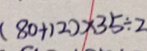
( 8 0 + 1 2 ) \times 3 5 \div 2